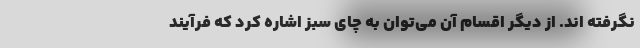
نگرفته اند. از دیگر اقسام آن می‌توان به چای سبز اشاره کرد که فرآیند